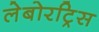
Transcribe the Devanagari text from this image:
लेबोरट्रिस